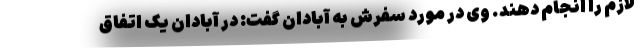
لازم را انجام دهند. وی در مورد سفرش به آبادان گفت: در آبادان یک اتفاق